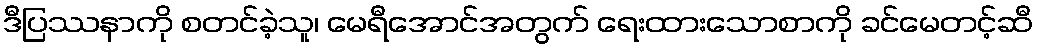
ဒီပြဿနာကို စတင်ခဲ့သူ၊ မေရီအောင်အတွက် ရေးထားသောစာကို ခင်မေတင့်ဆီ